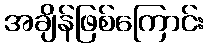
အချိန်ဖြစ်ကြောင်း